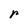
Character: r